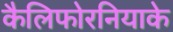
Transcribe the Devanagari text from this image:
कैलिफोरनियाके